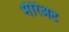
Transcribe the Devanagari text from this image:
मेरिअट